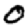
Digit: 0